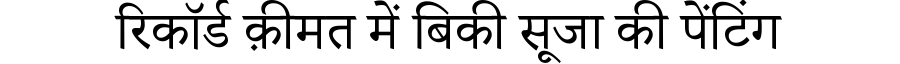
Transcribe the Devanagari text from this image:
रिकॉर्ड क़ीमत में बिकी सूजा की पेंटिंग